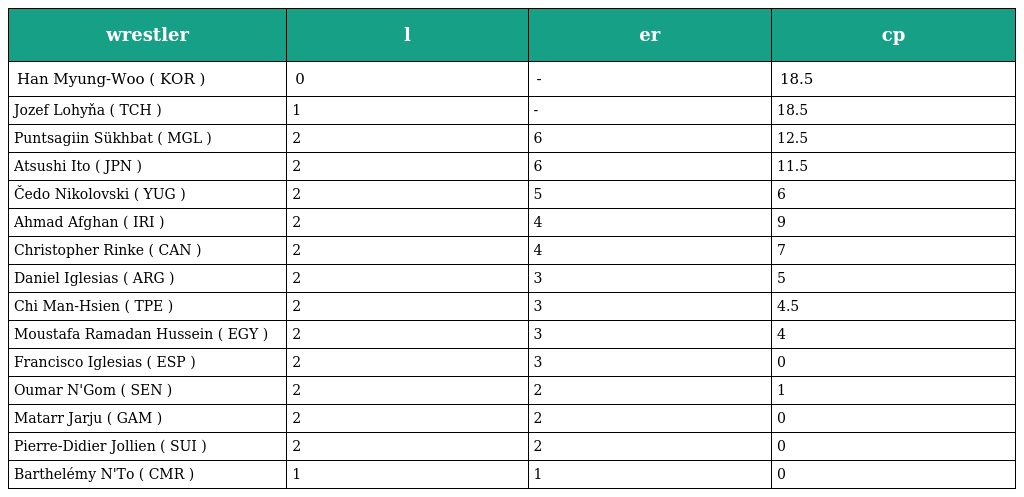
| wrestler | l | er | cp |
 | --- | --- | --- | --- |
 | Han Myung-Woo ( KOR ) | 0 | - | 18.5 |
 | Jozef Lohyňa ( TCH ) | 1 | - | 18.5 |
 | Puntsagiin Sükhbat ( MGL ) | 2 | 6 | 12.5 |
 | Atsushi Ito ( JPN ) | 2 | 6 | 11.5 |
 | Čedo Nikolovski ( YUG ) | 2 | 5 | 6 |
 | Ahmad Afghan ( IRI ) | 2 | 4 | 9 |
 | Christopher Rinke ( CAN ) | 2 | 4 | 7 |
 | Daniel Iglesias ( ARG ) | 2 | 3 | 5 |
 | Chi Man-Hsien ( TPE ) | 2 | 3 | 4.5 |
 | Moustafa Ramadan Hussein ( EGY ) | 2 | 3 | 4 |
 | Francisco Iglesias ( ESP ) | 2 | 3 | 0 |
 | Oumar N'Gom ( SEN ) | 2 | 2 | 1 |
 | Matarr Jarju ( GAM ) | 2 | 2 | 0 |
 | Pierre-Didier Jollien ( SUI ) | 2 | 2 | 0 |
 | Barthelémy N'To ( CMR ) | 1 | 1 | 0 |